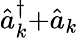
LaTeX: \hat{a}_{k}^{\dagger}{+}\hat{a}_{k}